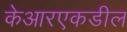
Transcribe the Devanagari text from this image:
केआरएकडील